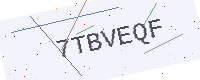
Text: 7TBVEQF